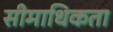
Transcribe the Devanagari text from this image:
सीमाधिकता